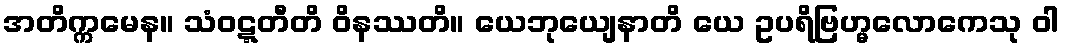
အတိက္ကမေန။ သံဝဋ္ဋတီတိ ဝိနဿတိ။ ယေဘုယျေနာတိ ယေ ဥပရိဗြဟ္မလောကေသု ဝါ